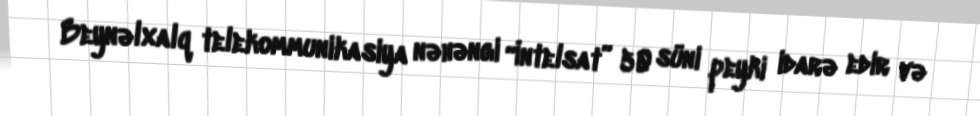
Beynəlxalq telekommunikasiya nəhəngi “İntelsat” 50 süni peyki idarə edir və